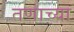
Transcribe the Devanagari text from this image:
तणाच्या